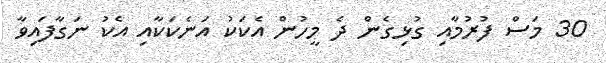
30 މަސް ފުރުމާއި ގުޅިގެން ދެ މީހުން އެކަކު އަނެކަކާއި އެކު ނަގާފައިވާ